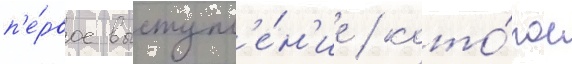
п'е́рвое выступл'е́н'ие / кото́рое